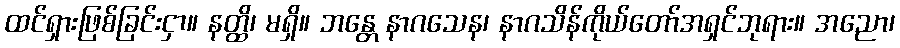
ထင်ရှားဖြစ်ခြင်းငှာ။ နတ္ထိ၊ မရှိ။ ဘန္တေ နာဂသေန၊ နာဂသိန်ကိုယ်တော်အရှင်ဘုရား။ အညော၊